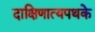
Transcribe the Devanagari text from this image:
दाक्षिणात्यपथके